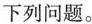
下列问题。